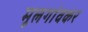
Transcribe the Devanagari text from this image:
मूलगांवकर